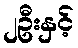
၂ဦးနှင့်